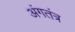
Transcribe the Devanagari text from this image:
अंगतंत्र